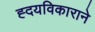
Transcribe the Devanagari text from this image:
ह्दयविकाराने